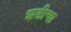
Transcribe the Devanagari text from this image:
झडीचा